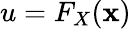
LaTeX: u=F_{X}(\mathbf{x})